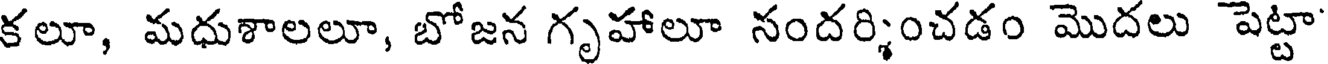
కలూ, మధుశాలలూ, బోజన గృహాలూ నందర్శించడం మొదలు పెట్టా